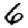
Digit: 6